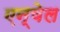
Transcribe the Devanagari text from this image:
एन्वेल